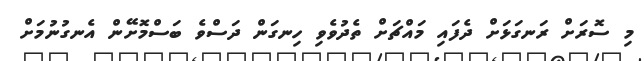
މި ސޮރަށް ރަނގަޅަށް ދެފައި މައްޗަށް ތެދުވެވި ހިނގަން ދަސްވެ ބަސްމޮށޭން އެނގުނުމަށް